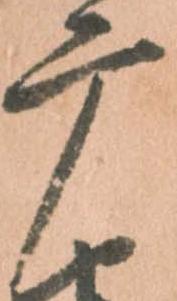
广